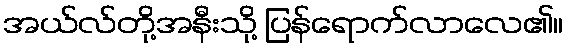
အယ်လ်တို့အနီးသို့ ပြန်ရောက်လာလေ၏။